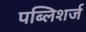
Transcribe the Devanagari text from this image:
पब्लिशर्ज